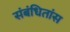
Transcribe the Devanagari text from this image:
संबंधितांस